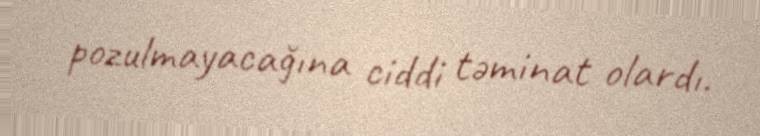
pozulmayacağına ciddi təminat olardı.